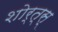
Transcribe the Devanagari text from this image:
शोर्त्स्